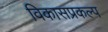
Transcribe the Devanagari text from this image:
विकासप्रकल्प